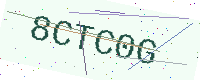
Text: 8CTC0G